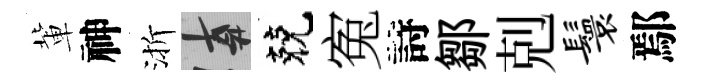
軰神渐遲兢寃詩鄒剋鬟鄢